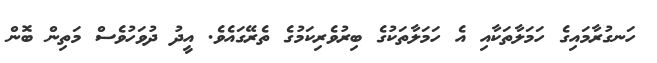
ހަނގުރާމައިގެ ހަމަލާތަކާއި އެ ހަމަލާތަކުގެ ބިރުވެރިކަމުގެ ތެރޭގައެވެ. އީދު ދުވަހުވެސް މަތިން ބޮން